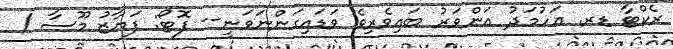
ރެކްޓާ ޑރ. އަހުމަދު އަންވަރު ބައިވެރިވެ ވަޑައިގަންނަވަނީ-- ފޮޓޯ: ފަޔާޒު މޫސާ /